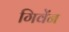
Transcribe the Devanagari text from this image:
गिवेंन